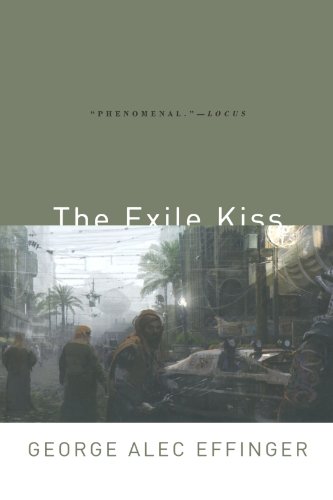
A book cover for The Exile Kiss; George Alec Effinger; Science Fiction & Fantasy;